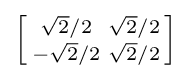
\left[{\begin{smallmatrix}{\sqrt {2}}/2&{\sqrt {2}}/2\\-{\sqrt {2}}/2&{\sqrt {2}}/2\\\end{smallmatrix}}\right]